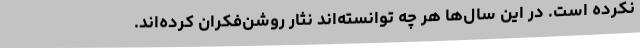
نکرده است. در این سال‌ها هر چه توانسته‌اند نثار روشن‌فکران کرده‌اند.